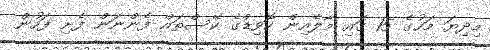
މިދިޔަ މަހުގެ 15 ގައި މާލެއިން ކޮވިޑްގެ ކޭސްތައް ފެންނަން ފެށި ފަހުން